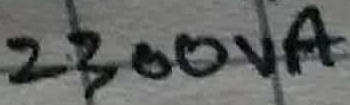
Text: 2300VA